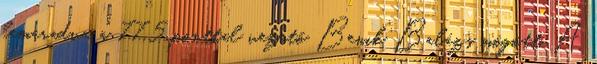
lemaradva a 77,5 ponttal vezető Benik Balázs mögött. A